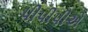
પીપીપીએ